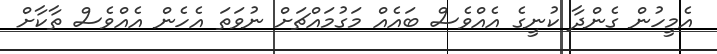
އެމީހުން ގެންދާ ކުނީގެ އެއްވެސް ބައެއް މަގުމައްޗަށް ނުވަތަ އެހެން އެއްވެސް ތާކާށް